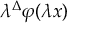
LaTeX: \lambda ^ { \Delta } \varphi ( \lambda x )